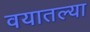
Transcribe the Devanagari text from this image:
वयातल्या